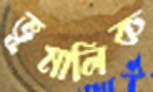
ভূমালিক